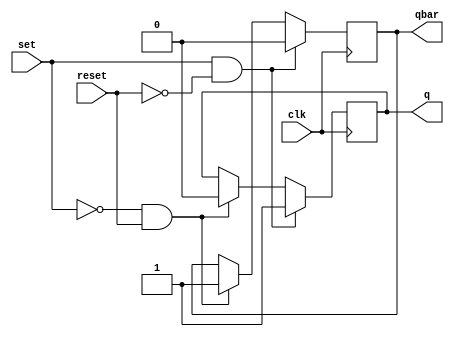
module edge_triggered_sr_ff (
    input wire clk,
    input wire set,
    input wire reset,
    output reg q,
    output reg qbar
);

always @(posedge clk) begin
    if (set && !reset) begin
        q <= 1;
        qbar <= 0;
    end else if (!set && reset) begin
        q <= 0;
        qbar <= 1;
    end
end

endmodule